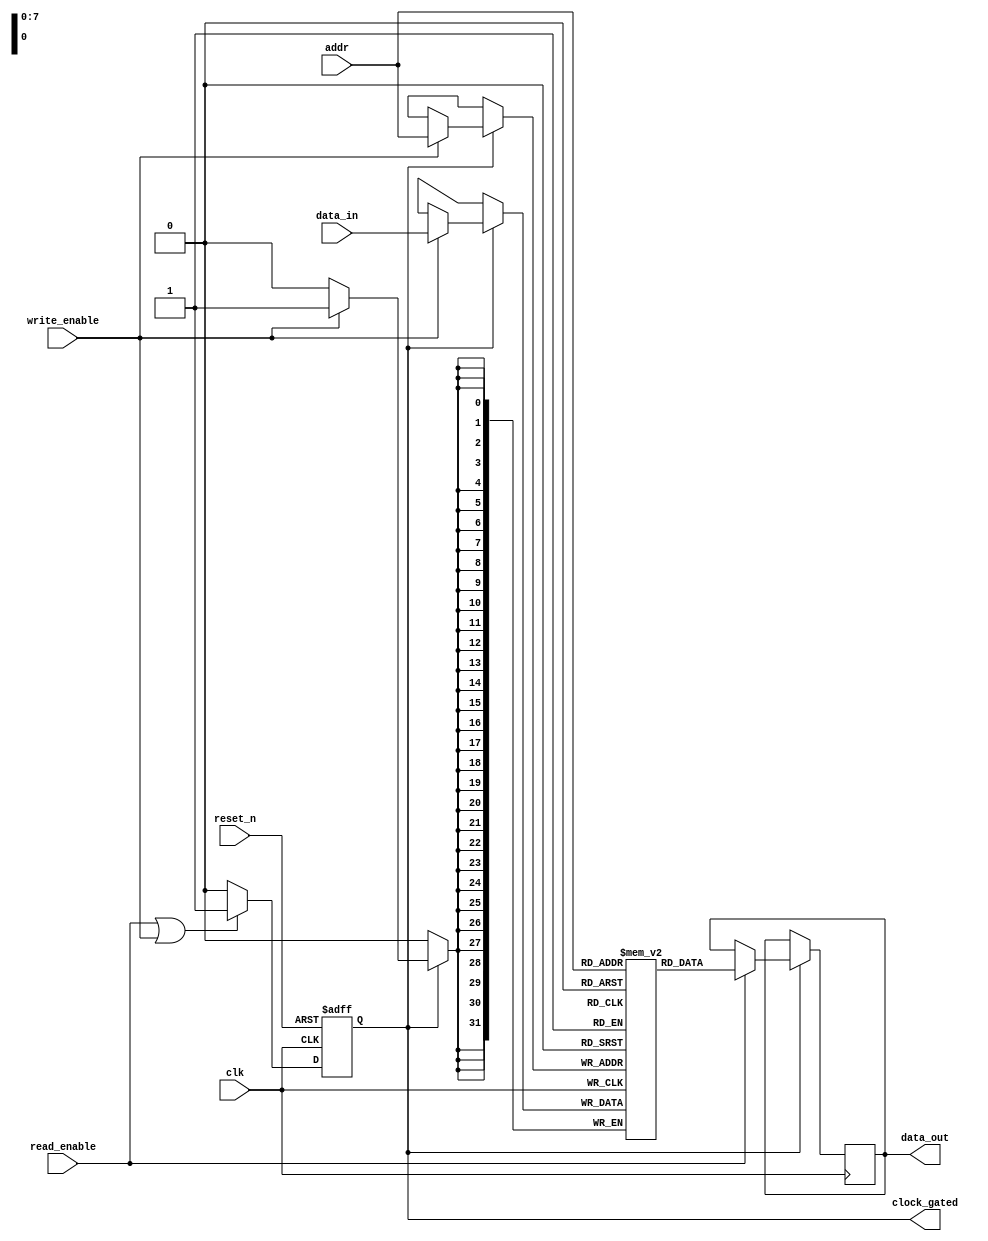
module memory_block #(
    parameter ADDR_WIDTH = 8, // Width of the address
    parameter DATA_WIDTH = 32  // Width of the data bus
)(
    input wire clk,                // Main clock
    input wire reset_n,            // Active low reset
    input wire read_enable,         // Read enable signal
    input wire write_enable,        // Write enable signal
    input wire [ADDR_WIDTH-1:0] addr, // Address input
    input wire [DATA_WIDTH-1:0] data_in, // Data input for write
    output reg [DATA_WIDTH-1:0] data_out, // Data output for read
    output reg clock_gated         // Output signal indicating clock gating
);

    // Memory array
    reg [DATA_WIDTH-1:0] memory_array [(1 << ADDR_WIDTH) - 1:0];

    // Activity detector
    reg activity_detected;

    // Clock Gating Control Logic
    always @* begin
        if (read_enable || write_enable) begin
            activity_detected = 1'b1;
        end else begin
            activity_detected = 1'b0;
        end
    end

    // Clock gating logic
    always @(posedge clk or negedge reset_n) begin
        if (!reset_n) begin
            clock_gated <= 1'b0; // Initialize clock gating to disabled
        end else begin
            clock_gated <= activity_detected; // Enable clock if activity detected
        end
    end

    // Memory read and write operations (Change behavior based on clock_gated)
    always @(posedge clk) begin
        if (clock_gated) begin // If clock is enabled
            if (write_enable) begin
                memory_array[addr] <= data_in; // Write operation
            end
        end
    end

    always @(posedge clk) begin
        if (clock_gated) begin // If clock is enabled
            if (read_enable) begin
                data_out <= memory_array[addr]; // Read operation
            end
        end
    end

endmodule